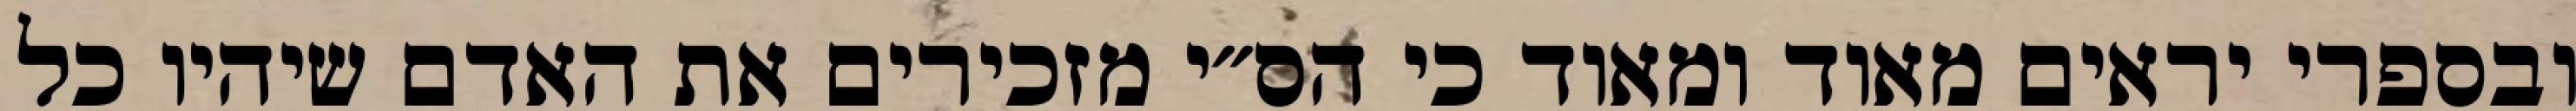
ובספרי יראים מאוד ומאוד כי הס״י מזכירים את האדם שיהיו כל